Triennial report on the lunatic asylums in the province of Eastern Bengal and Assam - 1903-1911
Year: 1903
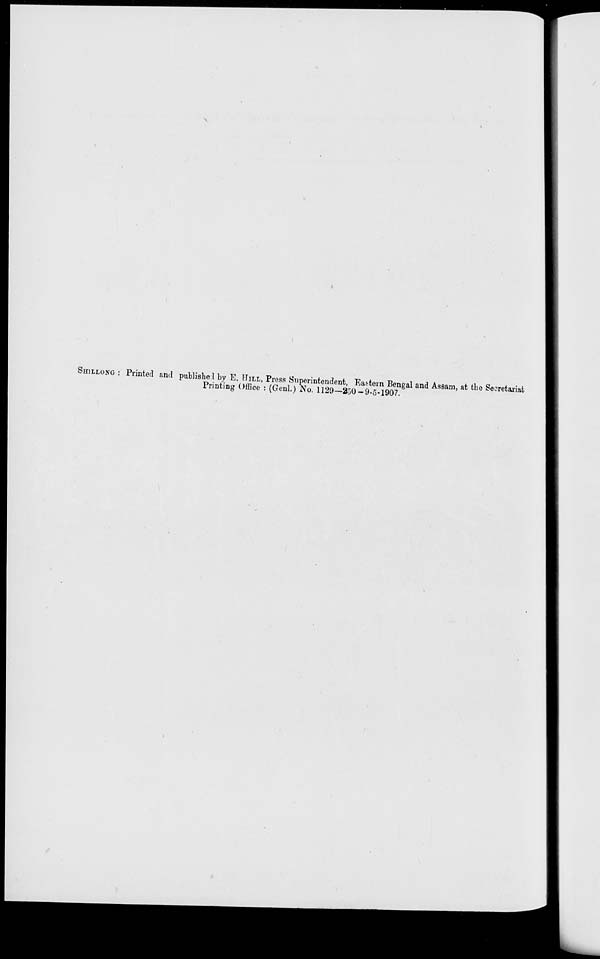
SHILLONG : Printed and published by E. HILL, Press Superintendent, Eastern Bengal and Assam, at the Secretariat
Printing Office : (Genl.) No. 1129—250-9-5-1907.